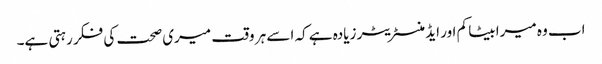
اب وہ میرا بیٹا کم اور ایڈمنسٹریٹر زیادہ ہے کہ اسے ہر وقت میری صحت کی فکر رہتی ہے۔